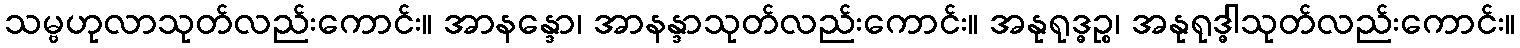
သမ္ဗဟုလာသုတ်လည်းကောင်း။ အာနန္ဒော၊ အာနန္ဒာသုတ်လည်းကောင်း။ အနုရုဒ္ဓဉ္စ၊ အနုရုဒ္ဓါသုတ်လည်းကောင်း။